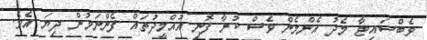
ވެބްސައިޓާ މެދު އެންމެން ވެސް ކުރާ ފޮނި އުއްމީދުތައް ފެންނަމުން ދިޔަ އެވެ.